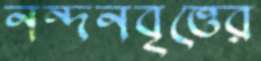
নন্দনবৃত্তের